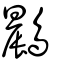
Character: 鷐